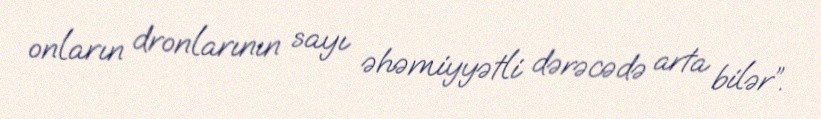
onların dronlarının sayı əhəmiyyətli dərəcədə arta bilər”.